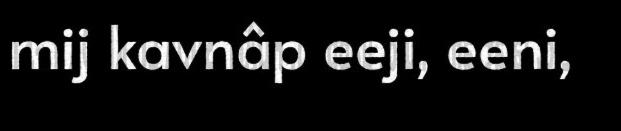
mij kavnâp eeji, eeni,